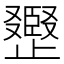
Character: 𣦪